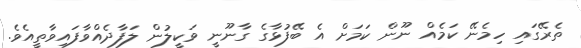
ތެރޭގައި ހިމެނޭ ކަމެއް ނޫން ކަމަށް އެ ބޭފުޅާގެ ގާނޫނީ ވަކީލުން ލަފާދެއްވާފައިވާތީއެވެ.